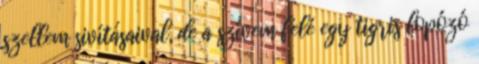
szellem sivításaival, de a szívem felé egy tigris lopózó